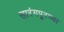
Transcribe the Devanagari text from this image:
सारंगपूरच्या